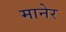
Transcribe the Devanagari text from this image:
मानेर